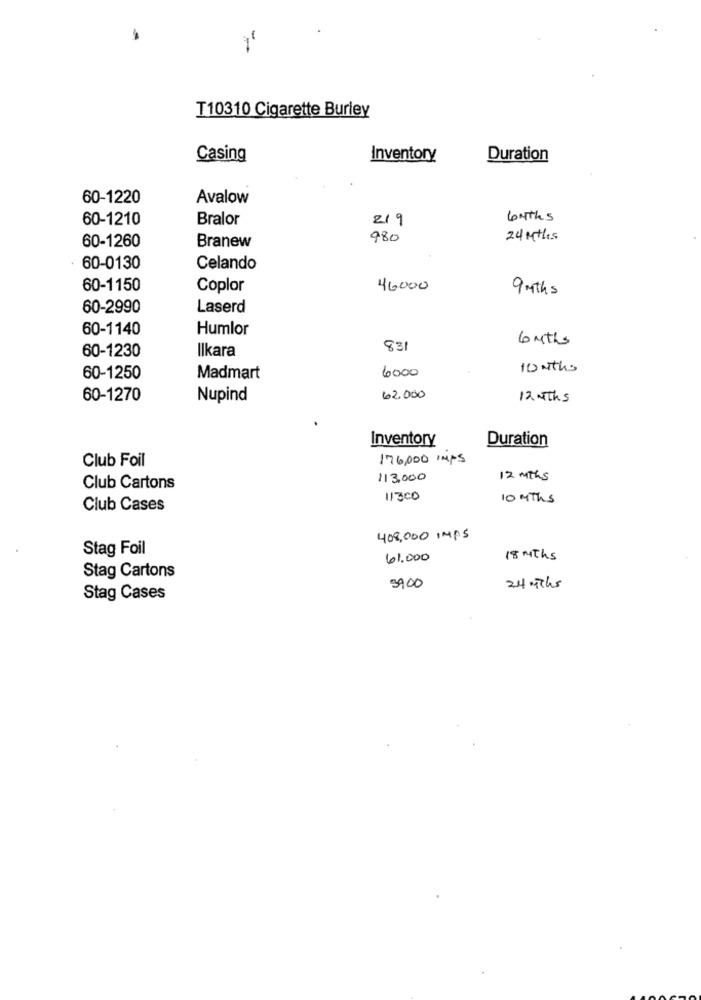
-
T10310 Cigarette Burley
Casing
Inventory
Duration
60-1220
Avalow
60-1210
Bralor
219
6MThs
60-1260
980
24 Mths
Branew
60-0130
Celando
60-1150
Coplor
46000
9 mths
60-2990
Laserd
60-1140
Humlor
6 Mths
Ilkara
831
60-1230
6000
10 withs
60-1250
Madmart
60-1270
Nupind
62.000
12 MThs
Inventory
Duration
Club Foil
176,000 Imps
113,000
12 MThs
Club Cartons
11300
10 MThs
Club Cases
408,000 IMPS
Stag Foil
61.000
18 Mths
Stag Cartons
3900
24 mThs
Stag Cases